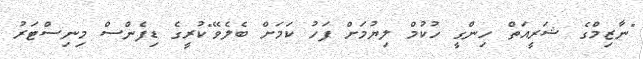
"ނާޒިމްގެ ޝަރީއަތް ހިންގީ ހުކުމް ލިޔުމަށް ފަހު ކަމަށް ބެލެވޭ"ކުރީގެ ޑިފެންސް މިނިސްޓަރު